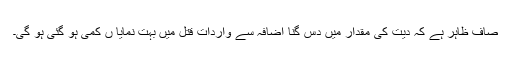
صاف ظاہر ہے کہ دیت کی مقدار میں دس گنا اضافہ سے وارداتِ قتل میں بہت نمایا ں کمی ہو گئی ہو گی۔